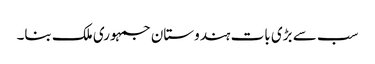
سب سے بڑی بات ہندوستان جمہوری ملک بنا۔